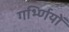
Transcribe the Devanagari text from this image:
गर्भ्णियों